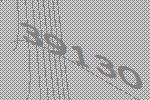
39130